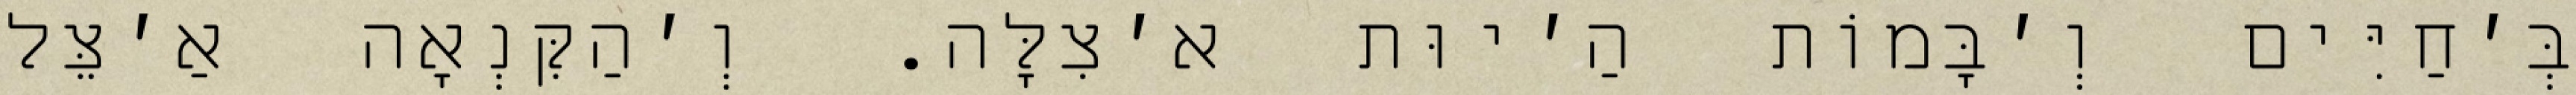
בְּ׳חַיִּים וְ׳בָּמוֹת הַ׳יוּת א׳צִלָּה. וְ׳הַקִּנְאָה אַ׳צֵּל